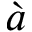
\grave { a }